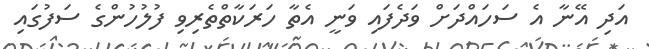
އަދި އޭނާ އެ ސަހައްދަށް ވަދެފައި ވަނީ އެތާ ހަރަކާތްތެރިވި ފުލުހުންގެ ސަފުގައި